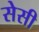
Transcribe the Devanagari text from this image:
सेसी